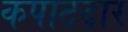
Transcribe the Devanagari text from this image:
कपाटदार